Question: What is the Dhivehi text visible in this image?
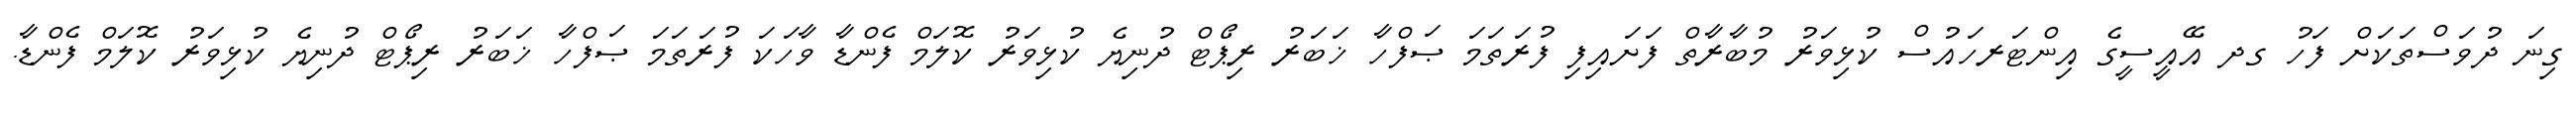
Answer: ގިނަ ދުވަސްތަކަށް ފަހު ގދ އޭއީސީގެ އިންޓަރހައުސް ކުޅިވަރު މުބާރާތް ފަށައިފި ފުރަތަމަ ޞަފްހާ ޚަބަރު ރިޕޯޓް ދުނިޔެ ކުޅިވަރު ކޮލަމް ފެންޑާ ވާހަކަ ފުރަތަމަ ޞަފްހާ ޚަބަރު ރިޕޯޓް ދުނިޔެ ކުޅިވަރު ކޮލަމް ފެންޑާ.